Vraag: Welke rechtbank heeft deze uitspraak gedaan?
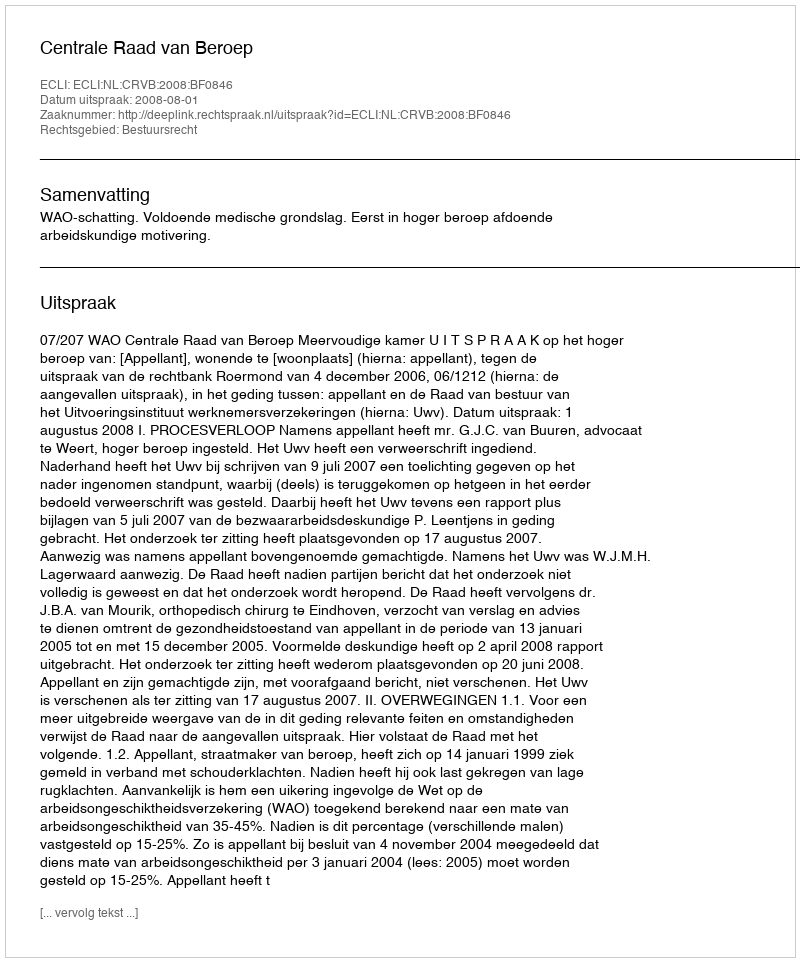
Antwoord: Centrale Raad van Beroep